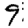
Digit: 9